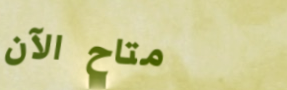
متاح الآن